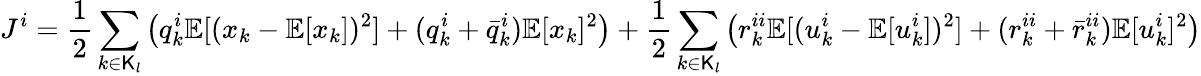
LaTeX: J^{i}=\frac{1}{2}\sum_{k\in\mathsf{K}_{l}}\big(q_{k}^{i}\mathbb{E}[(x_{k}-\mathbb{E}[x_{k}])^{2}]+(q_{k}^{i}+\bar{q}_{k}^{i})\mathbb{E}[x_{k}]^{2}\big)+\frac{1}{2}\sum_{k\in\mathsf{K}_{l}}\big(r_{k}^{ii}\mathbb{E}[(u_{k}^{i}-\mathbb{E}[u_{k}^{i}])^{2}]+(r_{k}^{ii}+\bar{r}_{k}^{ii})\mathbb{E}[u_{k}^{i}]^{2}\big)